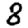
Digit: 8